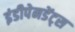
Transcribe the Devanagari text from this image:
इंडीपेनडेंट्स